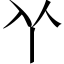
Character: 𠁥